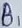
Text: B1